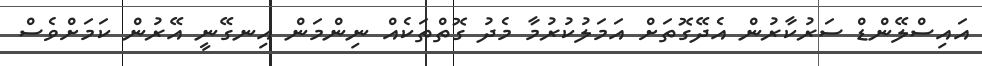
އައިސްލޭންޑް ސަރުކާރުން އެދޭގޮތަށް އަމަލުކުރުމާ މެދު ގޮތްތަކެއް ނިންމަން އިނގޭނީ އޭރުން ކަމަށްވެސް